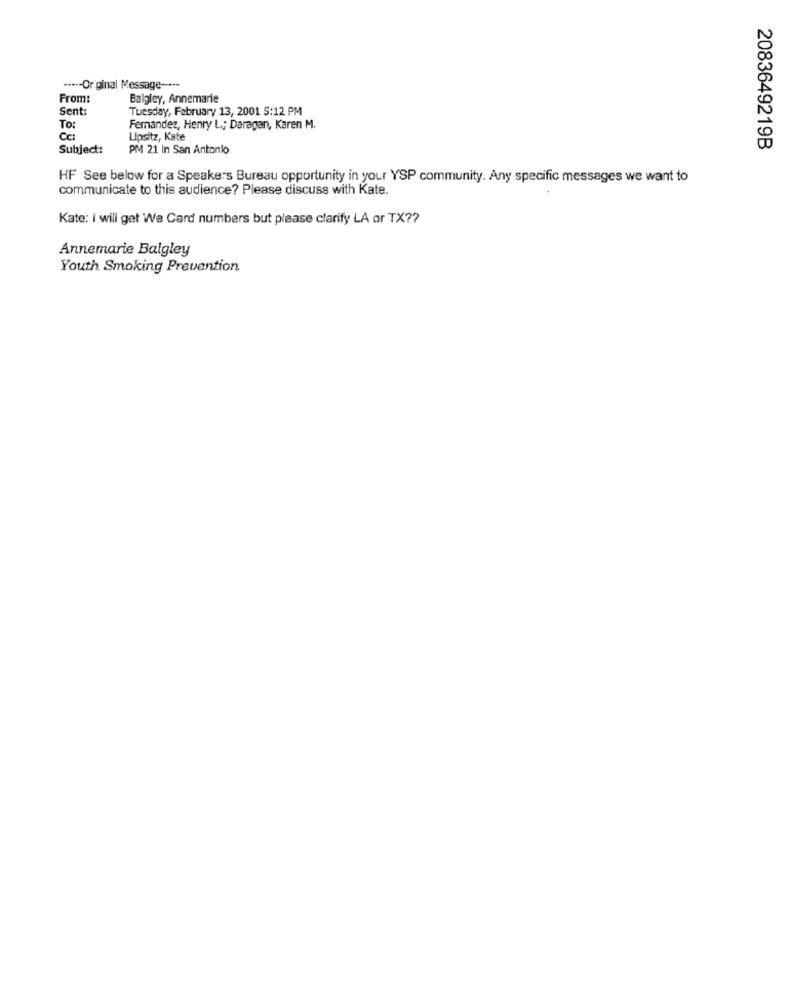
----- Original Message -----
From:
Balgley, Annemarie
Sent:
Tuesday, February 13, 2001 5:12 PM
To:
Fernandez, Henry L .; Daragan, Karen M.
CC:
Lipsitz, Kate
Subject:
PM 21 In San Antonio
2083649219B
HF See below for a Speakers Bureau opportunity in your YSP community. Any specific messages we want to
communicate to this audience? Please discuss with Kate.
Kate: i will get We Card numbers but please clarify LA or TX ??
Annemarie Balgley
Youth Smoking Prevention